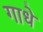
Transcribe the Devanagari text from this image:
गाधे